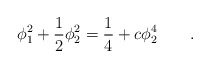
\begin{align*}\phi_1^2 + \frac{1}{2} \phi_2^2 = \frac{1}{4}+ c \phi_2^4 \qquad .\end{align*}